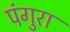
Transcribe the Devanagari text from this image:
पंगुरा